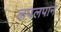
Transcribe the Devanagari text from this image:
लपलपाने